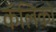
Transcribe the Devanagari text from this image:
कॅलिको